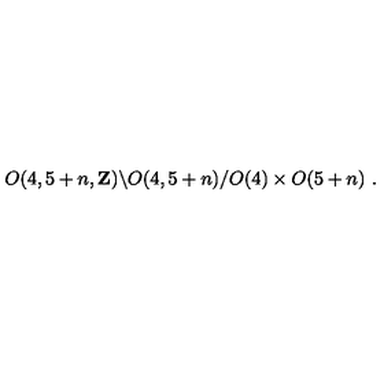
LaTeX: O ( 4 , 5 + n , { \bf Z } ) \backslash O ( 4 , 5 + n ) / O ( 4 ) \times O ( 5 + n ) \ .